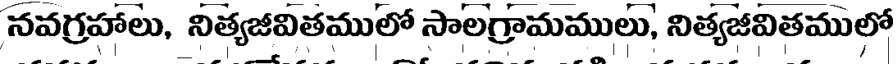
నవగ్రహాలు, నిత్యజీవితములో సాలగ్రామములు, నిత్యజీవితములో